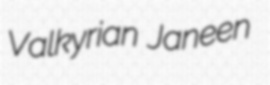
Valkyrian Janeen